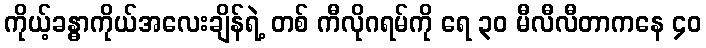
ကိုယ့်ခန္ဓာကိုယ်အလေးချိန်ရဲ့ တစ် ကီလိုဂရမ်ကို ရေ ၃၀ မီလီလီတာကနေ ၄၀